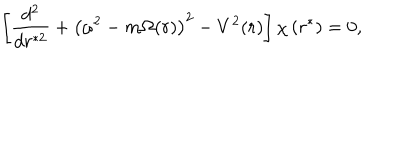
LaTeX: \left[ \frac { d ^ { 2 } } { d r ^ { * 2 } } + \left( \omega ^ { 2 } - m \Omega ( r ) \right) ^ { 2 } - V ^ { 2 } ( r ) \right] \chi \left( r ^ { * } \right) = 0 ,